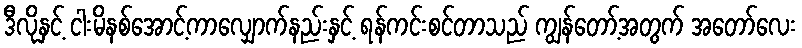
ဒီလိုနှင့် ငါးမိနစ်အောင့်ကာလျှောက်နည်းနှင့် ရန်ကင်းစင်တာသည် ကျွန်တော့်အတွက် အတော်လေး